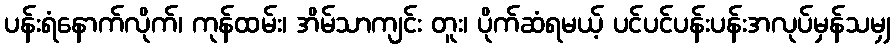
ပန်းရံနောက်လိုက်၊ ကုန်ထမ်း၊ အိမ်သာကျင်း တူး၊ ပိုက်ဆံရမယ့် ပင်ပင်ပန်းပန်းအလုပ်မှန်သမျှ